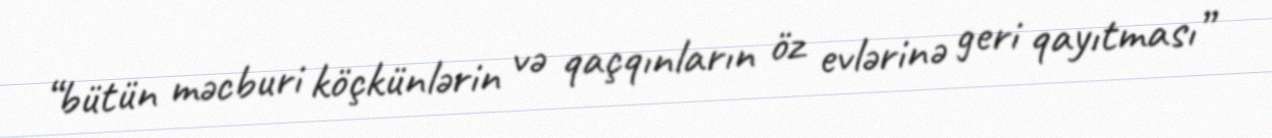
“bütün məcburi köçkünlərin və qaçqınların öz evlərinə geri qayıtması”